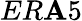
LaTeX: ER\mathbf{A}5